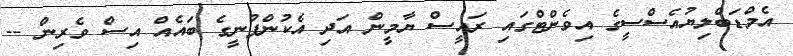
އެމްޑަބްލިޔުއެސްސީގެ އިވެންޓްގައި ރައީސް ޔާމީން އަދި އެކުންފުނީގެ ބައެއް އިސް ވެރިން --